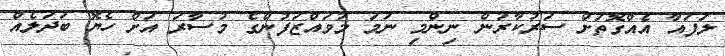
ލަފައާ އެއްގޮތަށް ސަރުކާރުން ނިންމި ނަމަ މުވައްޒަފުންގެ މުސާރަ އަށް ހެޔޮ ބަދަލެއް